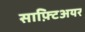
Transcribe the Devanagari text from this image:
साफ़्टिअयर